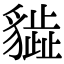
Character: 𧴎